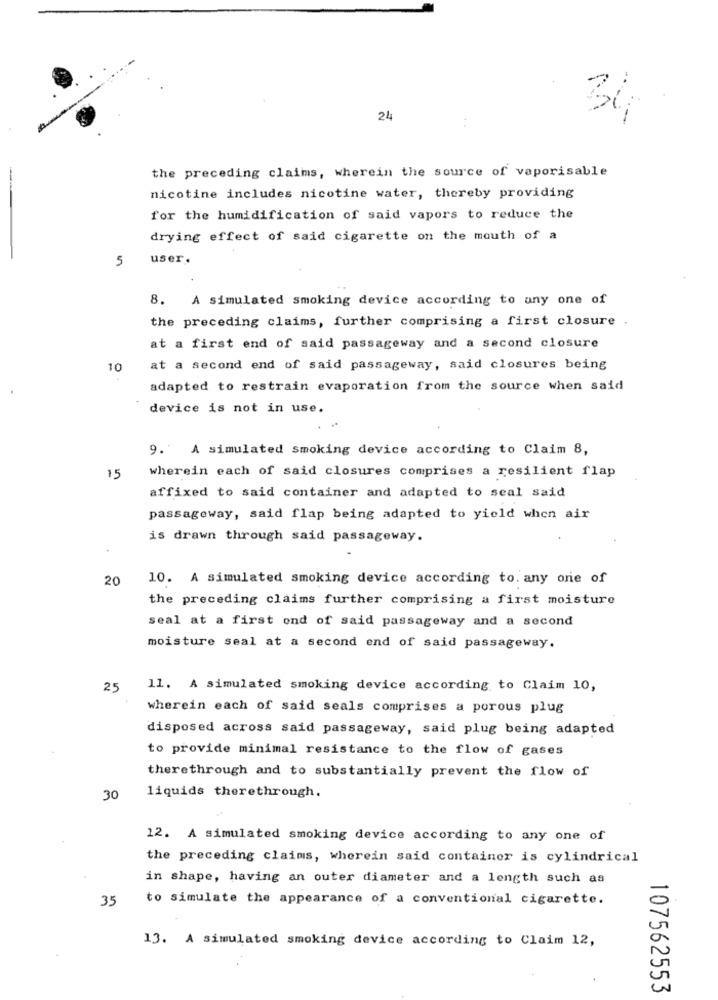
24
the preceding claims, wherein the source of vaporisable
nicotine includes nicotine water, thereby providing
for the humidification of said vapors to reduce the
drying effect of said cigarette on the mouth of a
5
user.
8. A simulated smoking device according to any one of
the preceding claims, further comprising a first closure
at a first end of said passageway and a second closure
10
at a second end of said passageway, said closures being
adapted to restrain evaporation from the source when said
device is not in use.
9. A simulated smoking device according to Claim 8,
wherein each of said closures comprises a resilient flap
15
affixed to said container and adapted to seal said
passageway, said flap being adapted to yield when air
is drawn through said passageway.
20
10. A simulated smoking device according to. any one of
the preceding claims further comprising a first moisture
seal at a first ond of said passageway and a second
moisture seal at a second end of said passageway.
25
11. A simulated smoking device according to Claim 10,
wherein each of said seals comprises a porous plug
disposed across said passageway, said plug being adapted
to provide minimal resistance to the flow of gases
therethrough and to substantially prevent the flow of
30
liquids therethrough.
12. A simulated smoking device according to any one of
the preceding claims, wherein said container is cylindrical
in shape, having an outer diameter and a length such as
35
to simulate the appearance of a conventional cigarette.
13. A simulated smoking device according to Claim 12,
107562553